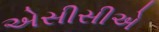
એસીસીએ